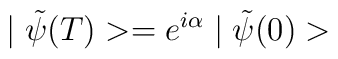
\mid \tilde{\psi}(T)>=e^{i\alpha } \mid \tilde{\psi }(0)>